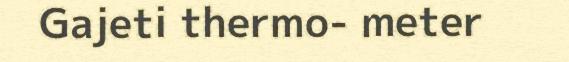
Gajeti thermo- meter